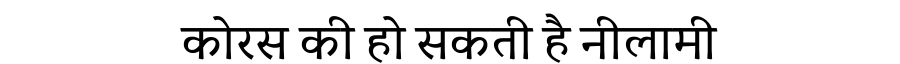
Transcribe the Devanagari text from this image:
कोरस की हो सकती है नीलामी